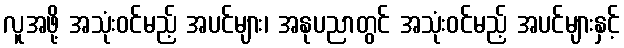
လူအဖို့ အသုံးဝင်မည့် အပင်များ၊ အနုပညာတွင် အသုံးဝင်မည့် အပင်များနှင့်